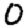
Digit: 0